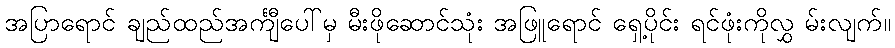
အပြာရောင် ချည်ထည်အင်္ကျီပေါ်မှ မီးဖိုဆောင်သုံး အဖြူရောင် ရှေ့ပိုင်း ရင်ဖုံးကိုလွှ မ်းလျက်။